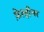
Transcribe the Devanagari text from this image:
फ़ेल्हीमर